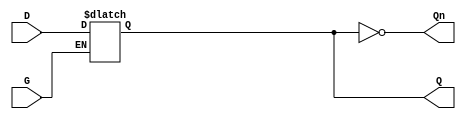
module dual_input_gated_latch (
    input wire D,      // Data input
    input wire G,      // Gate input
    output reg Q,      // Output
    output wire Qn     // Complement output
);

    // Complement output
    assign Qn = ~Q;

    // Always block to model the latch behavior
    always @(*) begin
        if (G) begin
            Q = D;  // Capture D when G is high
        end
        // When G is low, Q retains its previous value
    end

endmodule